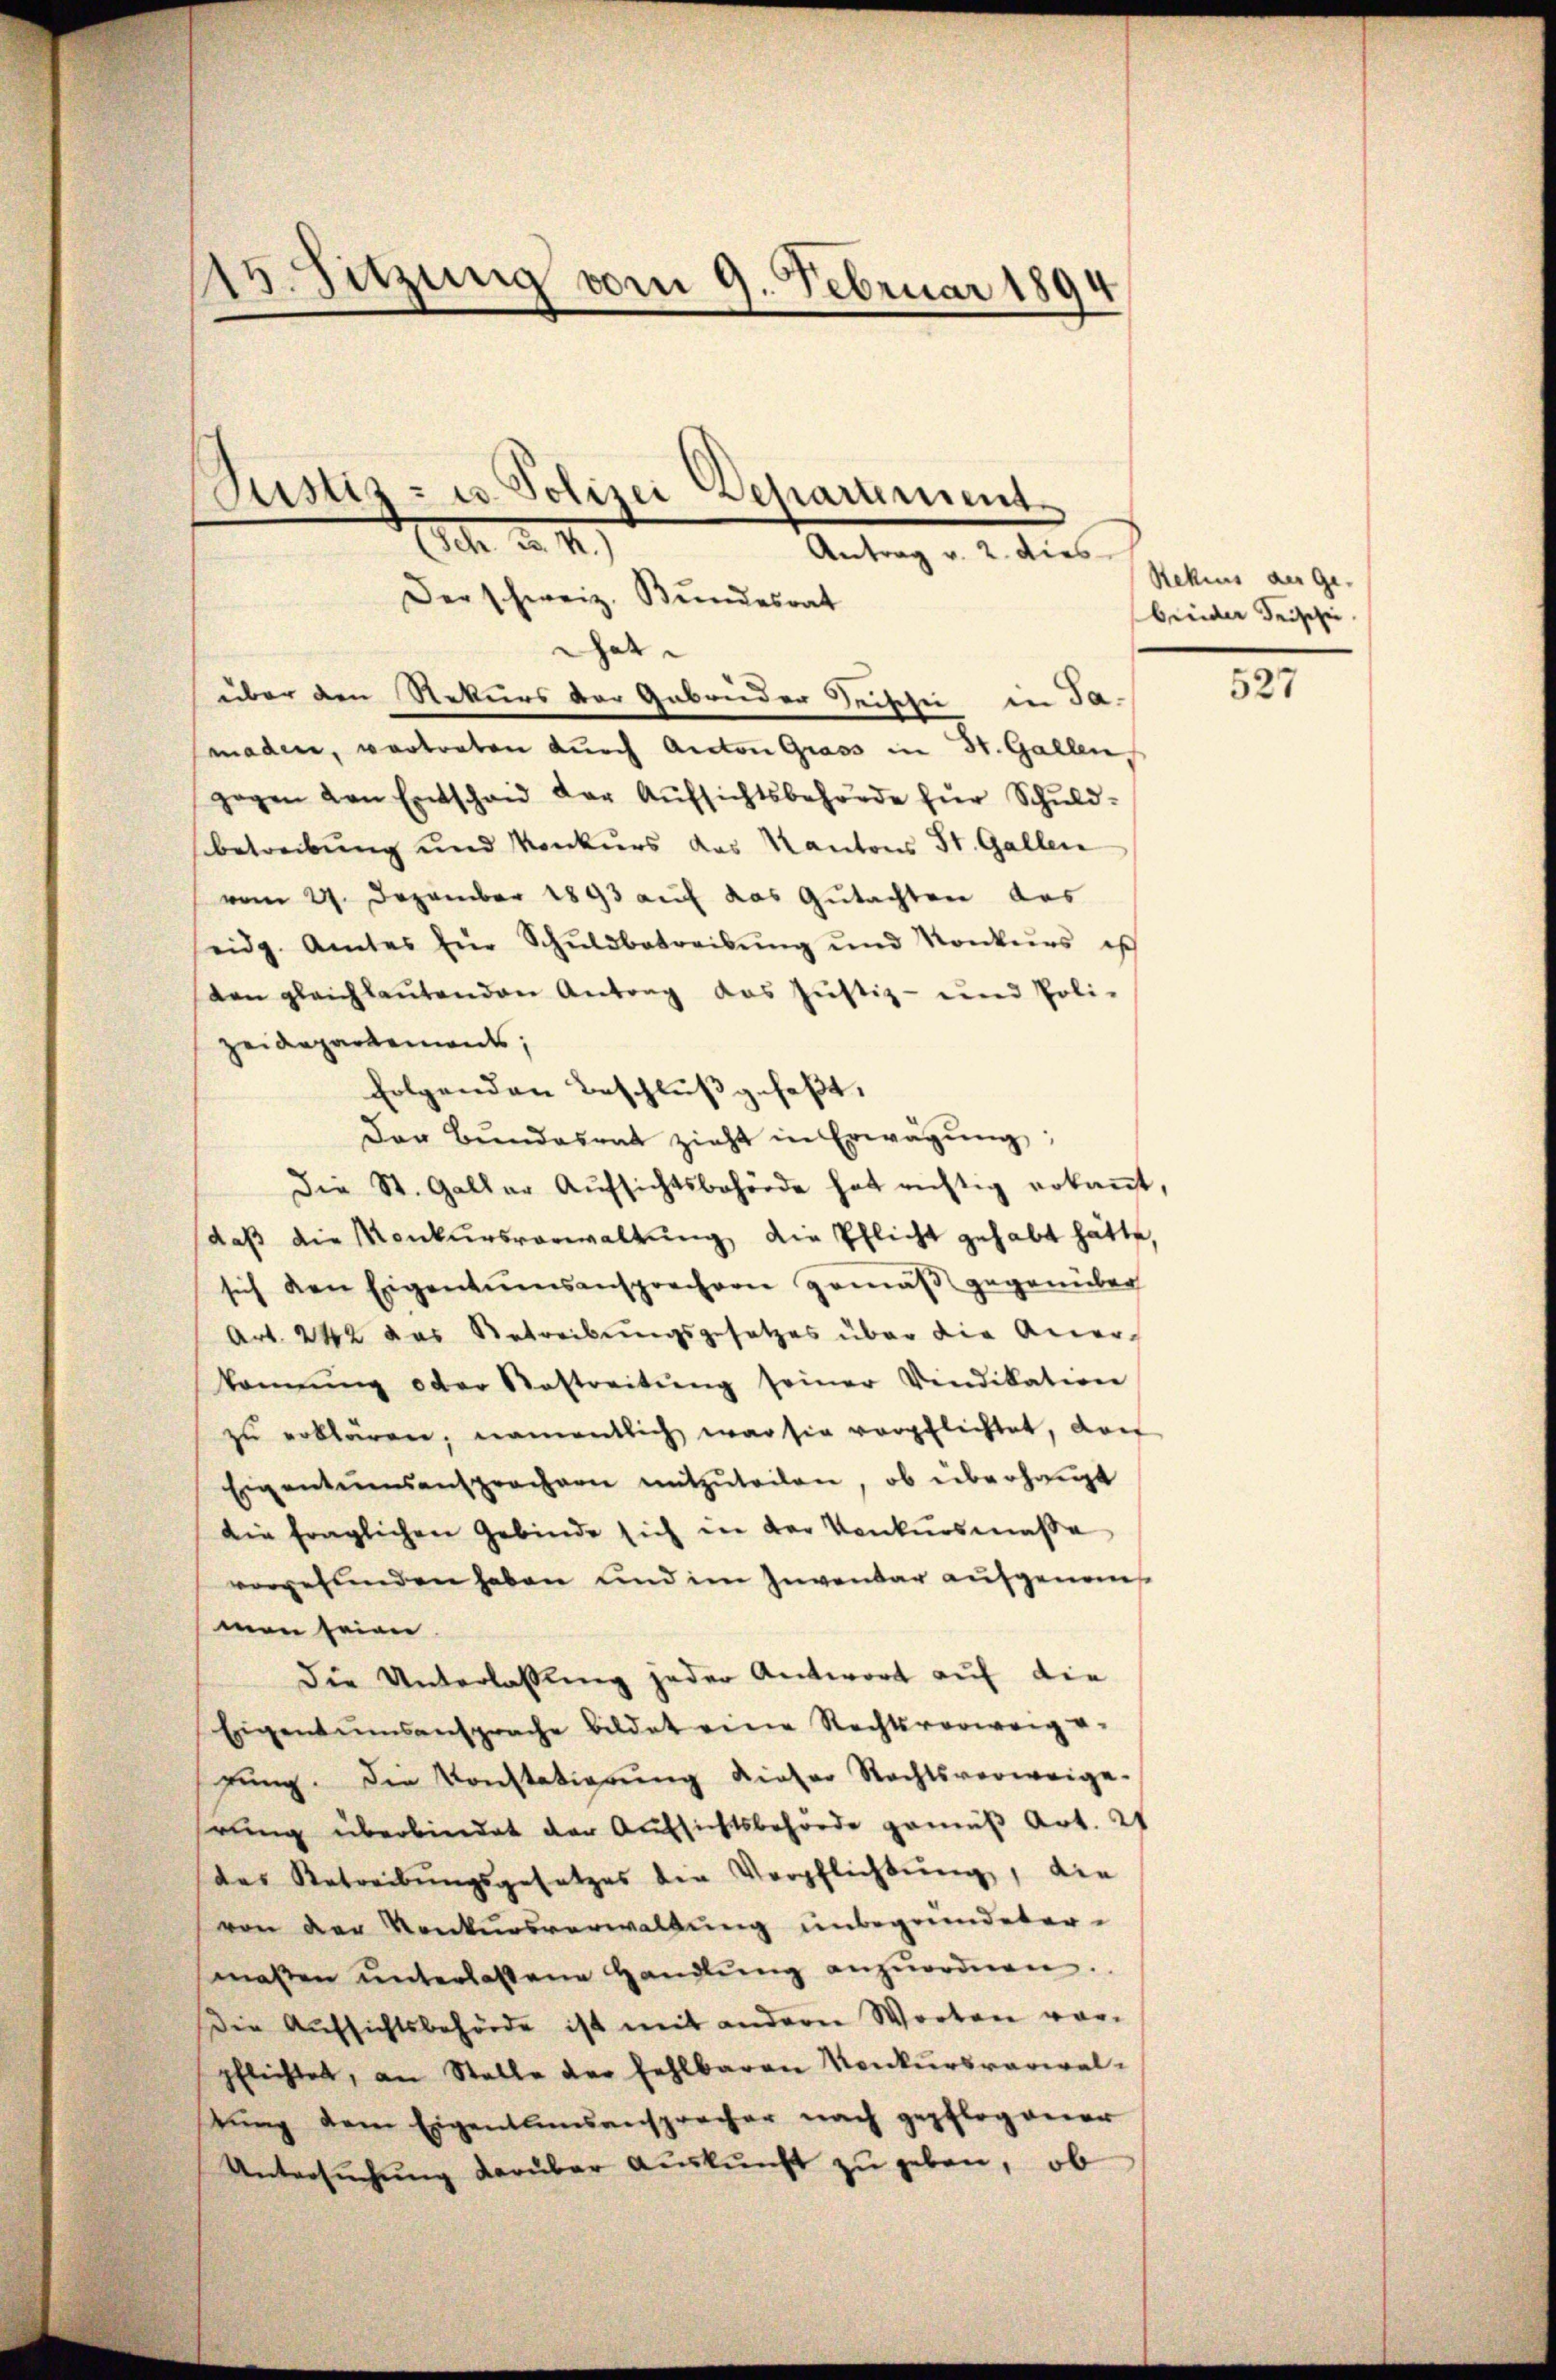
13. Sitzung vom 9. Februar 1894

1. d. M.

Justiz- u. Polizei Departement
Antrag v. 2. dies
Der schweiz. Bundesrat

hat
über den Rekurs der Gebrüder Seische in Ja-
maden, vortreten durch Anton Grass in St. Gallen,
zogen den Entschaid der Aŭfsichtsbehörde für Schuldbetreibung und Konkurs das Kantons St. Gallen
vom 27. Dezember 1893 auf das Gutachten aus
eidg. Amtes für Schŭldbetreibŭng und Konkŭrs ist
ten gleichlautenden Antrag das Justiz- und Poli-
zeidepartenweis;
folgenden Beschluß gefaßt,
Der Bŭndesrat zieht in Erwägŭng:
Die St. Galler Aŭfsichtsbehörde hat richtig erkaṅt.
daß die Konkursverwaltung die Pflicht gehabt hätte,
sich den Eigentumsansprechern gemäβ gegenüber
Art. 242 das Betreibungsgesetzes über die Aner-
komnŭng oder Bestreitŭng seiner Vindikation
zu erklären, namentlich war sie verpflichtet, doch
Eigentumsansprochen mitzŭteilen, ob überhaupt
die fraglichen Gebinde sich in der Konkursmaße
vorgefunden haben und im Inventar aufgenom
man seien
Die Unterlassung jeder Antwort auf die
Eigentumsansprache bildet eine Rechtsverweig u.
gŭng. Die Konstationŭng dieser Rechtsverweige-
hrung überbindet der Aufsichtsbehörde gemäß Art. 2
das Retreibungsgesetzes der Verpflichtŭng, die
von der Konkursverwaltung unbegründeter
massen ŭnterlassene Handlŭng anzŭordnen.
Die Aufsichtsbehörde ist mit andern Worten vorpflichtet, an Stalle der Fehlbaren Konkursverwaltŭng dem Eigentumsansprecher nach gepflogener
Untersŭchŭng darüber Auskunft zu geben, ob

Rekius aus ge-
breider Frischei

527